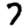
Digit: 7